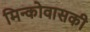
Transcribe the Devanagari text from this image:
मिन्कोवासकी